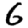
Digit: 6